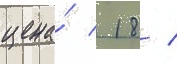
цена́  18 /